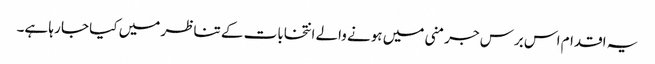
یہ اقدام اس برس جرمنی میں ہونے والے انتخابات کے تناظر میں کیا جا رہا ہے۔